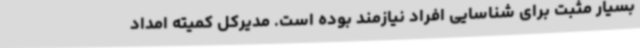
بسیار مثبت برای شناسایی افراد نیازمند بوده است. مدیرکل کمیته امداد